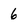
Character: 6